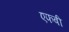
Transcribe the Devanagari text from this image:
एफबी